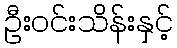
ဦးဝင်းသိန်းနှင့်